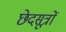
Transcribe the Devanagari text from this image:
छेदसूत्रों